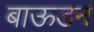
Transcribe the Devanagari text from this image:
बाऊडन